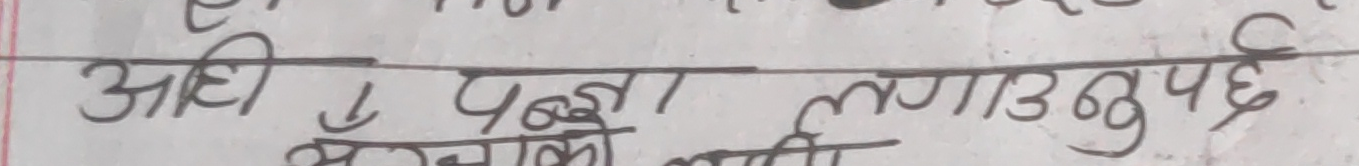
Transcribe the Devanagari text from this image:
आधी लगाउनुपर्छ